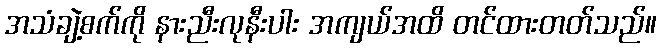
အသံချဲ့စက်ကို နားညီးလုနီးပါး အကျယ်အထိ တင်ထားတတ်သည်။